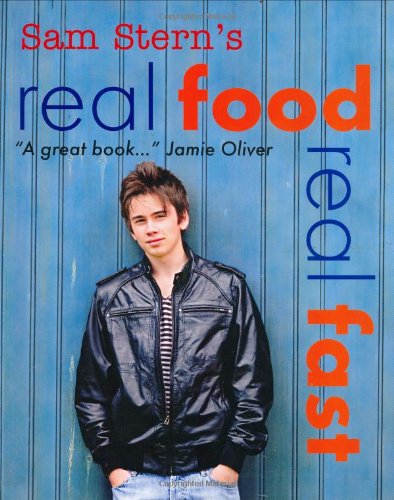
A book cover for Real Food, Real Fast; Sam Stern; Teen & Young Adult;